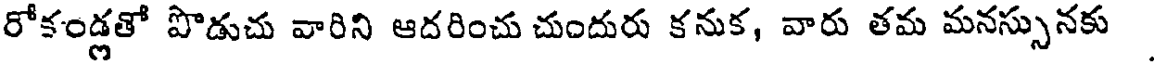
రోకండ్లతో పొడుచు వారిని ఆదరించు చుందురు కనుక, వారు తమ మనస్సునకు